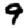
Digit: 9